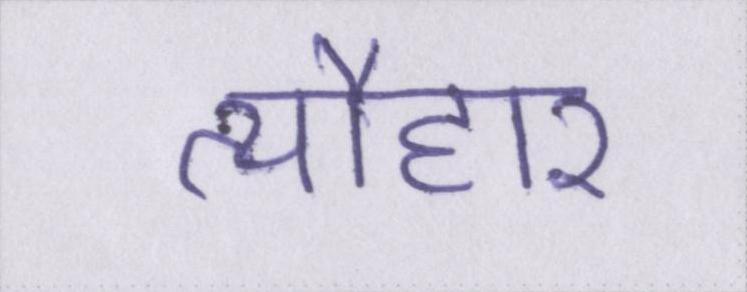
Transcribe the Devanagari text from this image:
त्यौहार